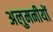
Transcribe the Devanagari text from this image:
अलुमनीयों